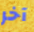
آخر